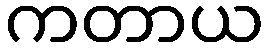
ကတာယ